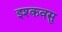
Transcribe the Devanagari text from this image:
इश्कवसु